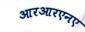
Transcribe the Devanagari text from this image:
आरआरएनए